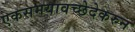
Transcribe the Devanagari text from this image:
एकसमयावच्छेदेकरुन